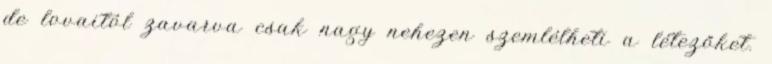
de lovaitól zavarva csak nagy nehezen szemlélheti a létezőket.